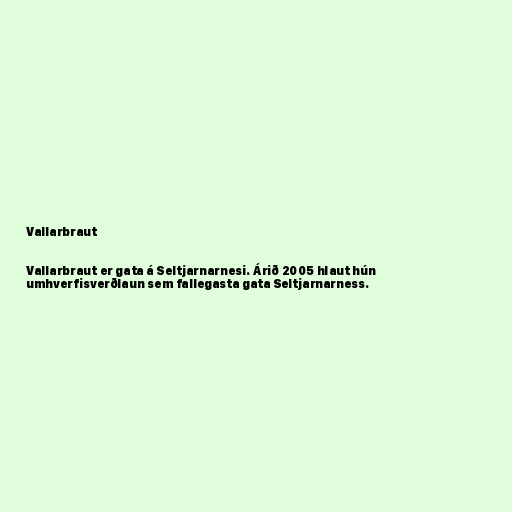
Vallarbraut

Vallarbraut er gata á Seltjarnarnesi. Árið 2005 hlaut hún
umhverfisverðlaun sem fallegasta gata Seltjarnarness.